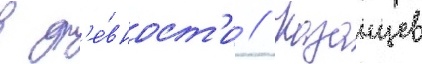
в др'е́вност'и // Казанцев